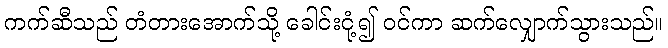
ကက်ဆီသည် တံတားအောက်သို့ ခေါင်းငုံ့၍ ဝင်ကာ ဆက်လျှောက်သွားသည်။